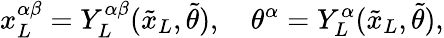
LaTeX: {x_{L}^{\alpha\beta}}=Y_{L}^{\alpha\beta}({\tilde{x}_{L}},{\tilde{\theta}}),\quad{\theta^{\alpha}}=Y_{L}^{\alpha}({\tilde{x}_{L}},{\tilde{\theta}}),